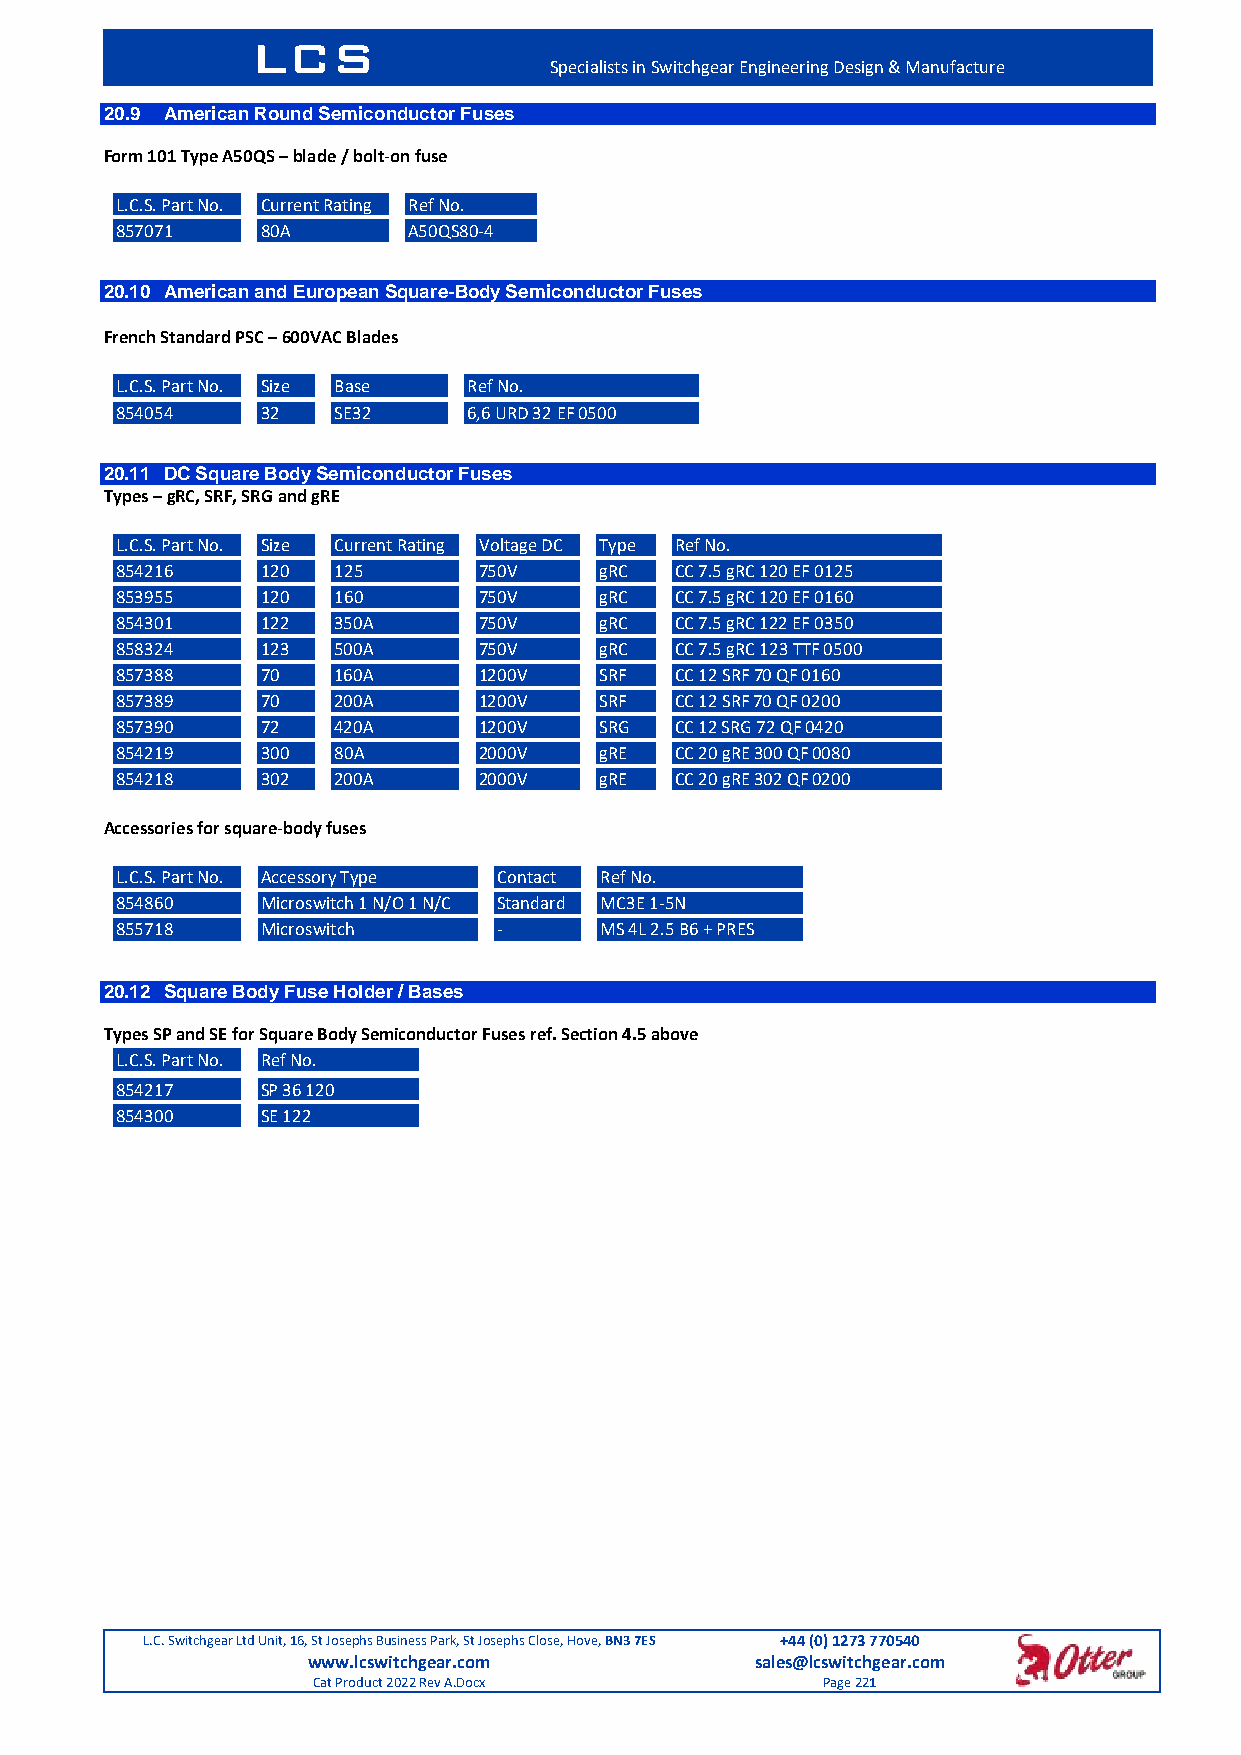
LCS
 Specialists in Switchgear Engineering Design & Manufacture
 20.9 American Round Semiconductor Fuses
 Form 101 Type A50QS – blade / bolt-on fuse
 L.C.S. Part No. Current Rating Ref No.
 857071   80A       A50QS80-4
 20.10 American and European Square-Body Semiconductor Fuses
 French Standard PSC – 600VAC Blades
 L.C.S. Part No. Size Base Ref No.
 854054   32   SE32     6,6 URD 32 EF 0500
 20.11 DC Square Body Semiconductor Fuses
 Types – gRC, SRF, SRG and gRE
 L.C.S. Part No. Size Current Rating Voltage DC Type Ref No.
 854216   120  125       750V    gRC  CC 7.5 gRC 120 EF 0125
 853955   120  160       750V    gRC  CC 7.5 gRC 120 EF 0160
 854301   122  350A      750V    gRC  CC 7.5 gRC 122 EF 0350
 858324   123  500A      750V    gRC  CC 7.5 gRC 123 TTF 0500
 857388   70   160A      1200V   SRF  CC 12 SRF 70 QF 0160
 857389   70   200A      1200V   SRF  CC 12 SRF 70 QF 0200
 857390   72   420A      1200V   SRG  CC 12 SRG 72 QF 0420
 854219   300  80A       2000V   gRE  CC 20 gRE 300 QF 0080
 854218   302  200A      2000V   gRE  CC 20 gRE 302 QF 0200
 Accessories for square-body fuses
 L.C.S. Part No. Accessory Type Contact Ref No.
 854860   Microswitch 1 N/O 1 N/C Standard MC3E 1-5N
 855718   Microswitch     -      MS 4L 2.5 B6 + PRES
 20.12 Square Body Fuse Holder / Bases
 Types SP and SE for Square Body Semiconductor Fuses ref. Section 4.5 above
 L.C.S. Part No. Ref No.
 854217   SP 36 120
 854300   SE 122
 L.C. Switchgear Ltd Unit, 16, St Josephs Business Park, St Josephs Close, Hove, BN3 7ES +44 (0) 1273 770540
 www.lcswitchgear.com          sales@lcswitchgear.com
 Cat Product 2022 Rev A.Docx      Page 221